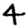
Digit: 4